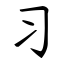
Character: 习